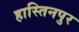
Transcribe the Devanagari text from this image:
हास्तिनपुर